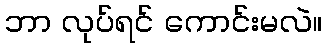
ဘာ လုပ်ရင် ကောင်းမလဲ။